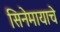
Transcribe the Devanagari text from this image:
सिनेमायाचे